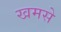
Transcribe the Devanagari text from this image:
खमसे